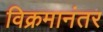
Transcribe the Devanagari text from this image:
विक्रमानंतर